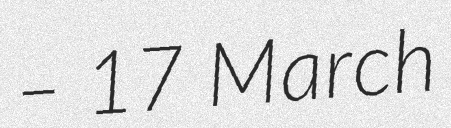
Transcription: – 17 March